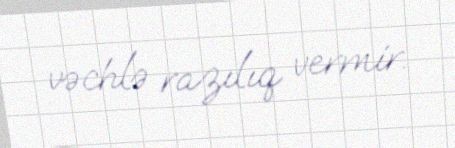
vəchlə razılıq vermir.